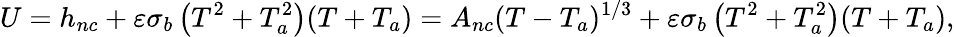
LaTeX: U=h_{nc}+\varepsilon\sigma_{b}\left(T^{2}+T_{a}^{2}\right)(T+T_{a})=A_{nc}(T-T_{a})^{1/3}+\varepsilon\sigma_{b}\left(T^{2}+T_{a}^{2}\right)(T+T_{a}),